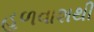
હળવાશથી